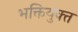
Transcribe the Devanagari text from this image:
भक्तियुक्‍त